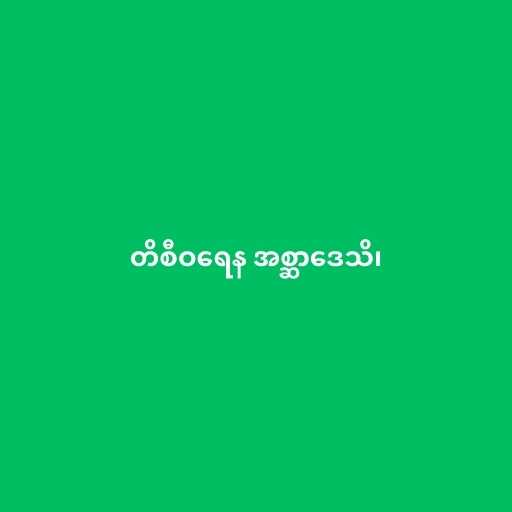
တိစီဝရေန အစ္ဆာဒေသိ၊